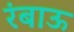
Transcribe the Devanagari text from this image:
रंबाऊ